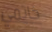
خاتمي